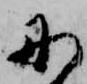
に